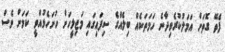
ފެތޭ ގޮތަށް އަމަލުކުރެވިދާނެ ހަމަތަކެއް ބިލެއްގެ ސިފައިގައި މަޖިލީހަށް ހުށަހެޅުއްވީ ކަމަށް ވެސް